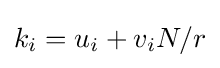
k_{i}=u_{i}+v_{i}N/r